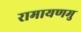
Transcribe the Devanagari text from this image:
रामायणमु